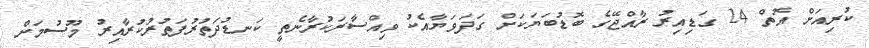
ކުރިއަށް އޮތް 24 ގަޑިއިރު ރާއްޖޭގެ ބޮޑުބަޔަކަށް ގަދަވަޔާއެކު ވިއްސާރަކުރާނެތީ ކަނޑުދަތުރުފަތުރުކުރާއިރު މޫސުމަށް